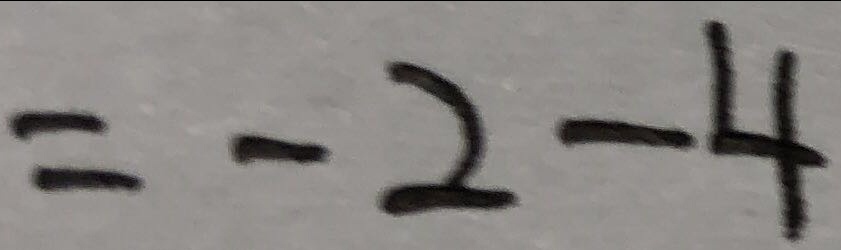
= - 2 - 4